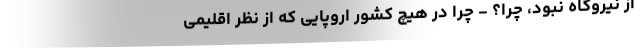
از نیروگاه نبود، چرا‌؟ - چرا در هیچ کشور اروپایی که از نظر اقلیمی